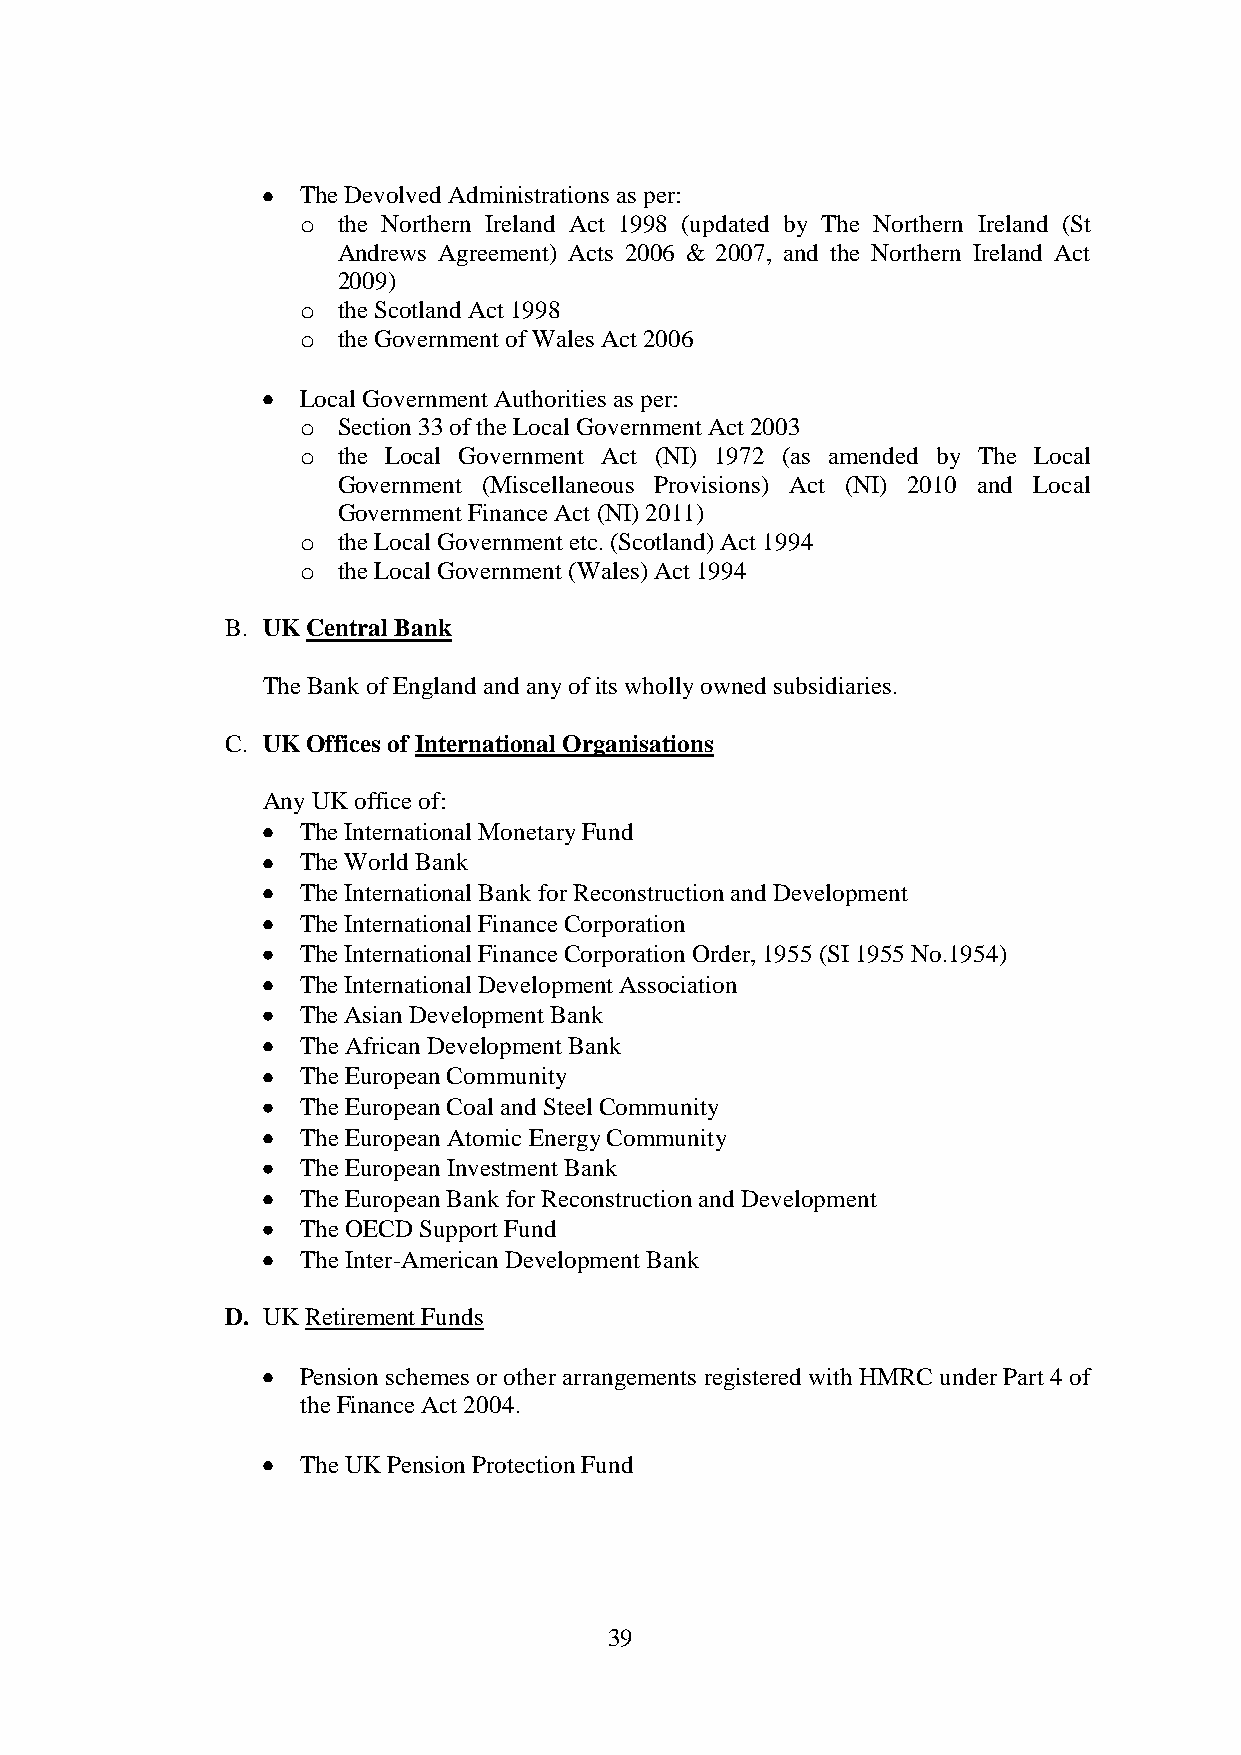
The Devolved Administrations as per:
 o the Northern Ireland Act 1998 (updated by The Northern Ireland (St
 Andrews Agreement) Acts 2006 & 2007, and the Northern Ireland Act
 2009)
 o the Scotland Act 1998
 o the Government of Wales Act 2006
 Local Government Authorities as per:
 o Section 33 of the Local Government Act 2003
 o the Local Government Act (NI) 1972 (as amended by The Local
 Government (Miscellaneous Provisions) Act (NI) 2010 and Local
 Government Finance Act (NI) 2011)
 o the Local Government etc. (Scotland) Act 1994
 o the Local Government (Wales) Act 1994
 B. UK Central Bank
 The Bank of England and any of its wholly owned subsidiaries.
 C. UK Offices of International Organisations
 Any UK office of:
 The International Monetary Fund
 The World Bank
 The International Bank for Reconstruction and Development
 The International Finance Corporation
 The International Finance Corporation Order, 1955 (SI 1955 No.1954)
 The International Development Association
 The Asian Development Bank
 The African Development Bank
 The European Community
 The European Coal and Steel Community
 The European Atomic Energy Community
 The European Investment Bank
 The European Bank for Reconstruction and Development
 The OECD Support Fund
 The Inter-American Development Bank
 D. UK Retirement Funds
 Pension schemes or other arrangements registered with HMRC under Part 4 of
 the Finance Act 2004.
 The UK Pension Protection Fund
 39